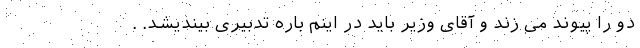
دو را پیوند می زند و آقای وزیر باید در اینم باره تدبیری بیندیشد. .